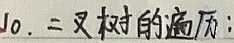
10. 二叉树的遍历：